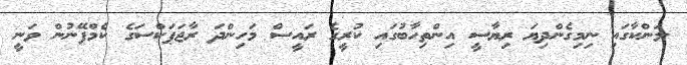
ލަންކާގައި ނިމިގެންދިޔަ ރިޔާސީ އިންތިހާބުގައި ކުރީގެ ރައީސް މަހިންދަ ރާޖަޕަކްސަގެ ކެމްޕޭނުން ވަނީ